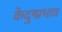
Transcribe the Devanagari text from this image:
केदुष्प्रभाव